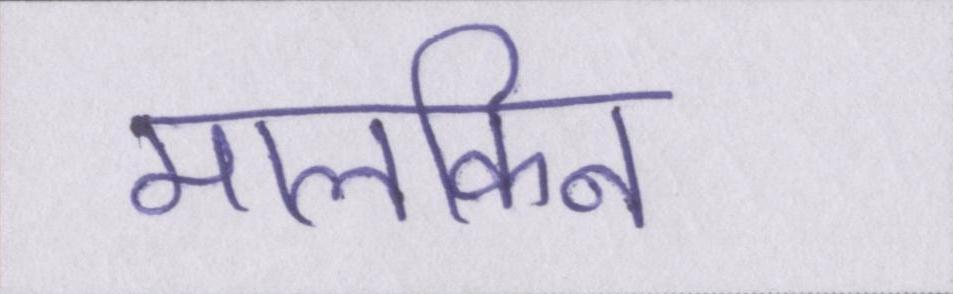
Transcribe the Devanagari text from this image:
मालकिन